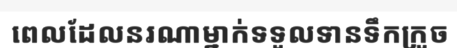
ពេលដែលនរណាម្នាក់ទទួលទានទឹកក្រូច